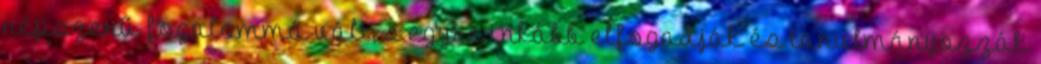
népszerű fogalommá vált, s egyre inkább elfogadják és tanulmányozzák